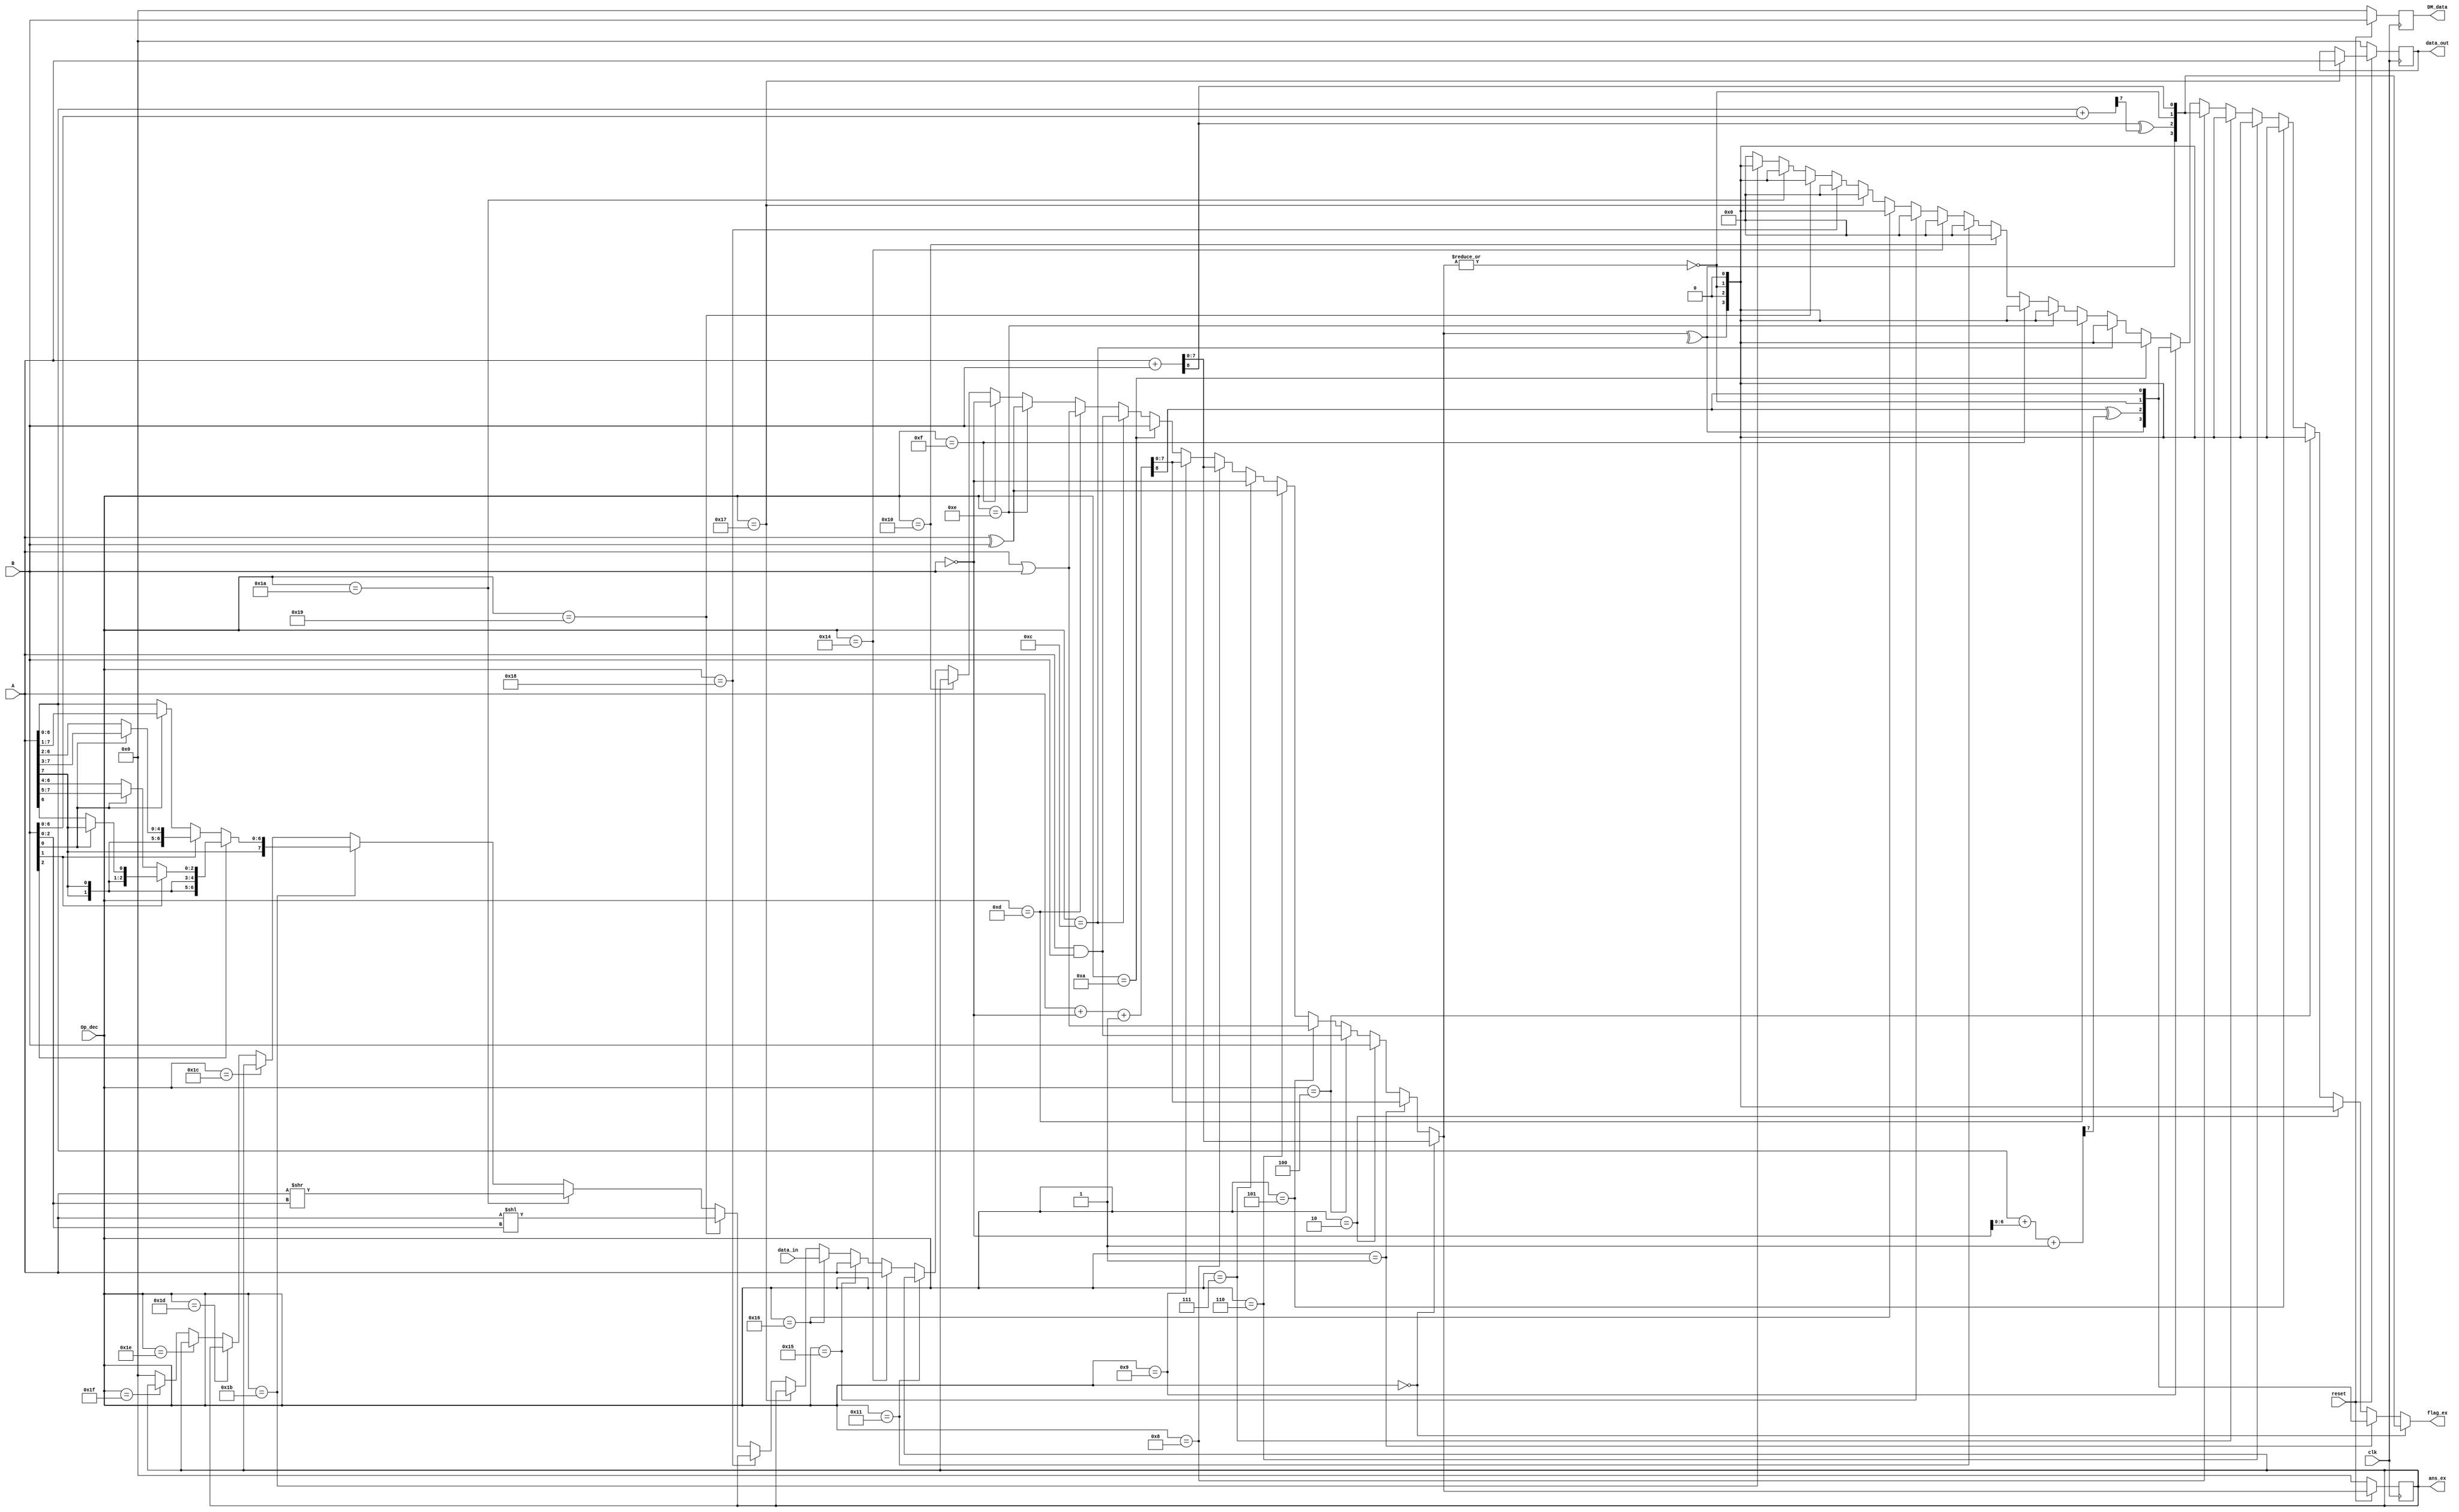
`timescale 1ns / 1ps
//////////////////////////////////////////////////////////////////////////////////
// Company: 
// Engineer: 
// 
// Design Name: 
// Module Name:    Execution_block 
// Project Name: 
// Target Devices: 
// Tool versions: 
// Description: 
//
// Dependencies: 
//
// Revision: 
// Revision 0.01 - File Created
// Additional Comments: 
//
//////////////////////////////////////////////////////////////////////////////////
module Execution_block(ans_ex, data_out, DM_data, flag_ex, A, B, data_in, Op_dec, clk, reset);

input  [7:0] A;
input  [7:0] B;
input  [7:0] data_in;
input  [4:0] Op_dec;
input clk;
input reset;


output reg [7:0] ans_ex;
output reg [7:0] data_out;
output reg [7:0] DM_data;
output [3:0] flag_ex;

wire [8:0] add,sub;
wire [7:0] add_temp, sub_temp, mov, NOT, AND, XOR, OR, SL, SR, SAR;
wire [7:0] ans_ALU, ans_ex_temp;

wire [7:0] data_out_buff, data_out_temp;
wire [7:0] DM_data_temp;
wire zero;
wire parity;

assign NOT = ~B;
assign add = A+B;
assign sub = A+NOT+8'b00000001;
assign add_temp = A[6:0]+B[6:0];
assign sub_temp = A[6:0]+NOT[6:0]+7'b0000001;
assign mov = B;
assign AND = A&B;
assign OR = A|B;
assign XOR = A^B;
assign SL = A << B[2:0];
assign SR = A >> B[2:0];
assign SAR = (B[2] == 1'b0) ? ((B[1] == 1'b0) ? ((B[0] == 1'b0) ? A : {A[7],A[7:1]}) : ((B[0] == 1'b0) ? {A[7],A[7],A[7:2]} : {A[7],A[7],A[7],A[7:3]})) : ((B[1] == 1'b0) ? ((B[0] == 1'b0) ? {A[7],A[7],A[7],A[7],A[7:4]} : {A[7],A[7],A[7],A[7],A[7],A[7:5]}) : ((B[0] == 1'b0) ? {A[7],A[7],A[7],A[7],A[7],A[7],A[7:6]} : {A[7],A[7],A[7],A[7],A[7],A[7],A[7],A[7]}));

assign ans_ALU = (Op_dec == 5'b00000) ? add[7:0] : 
						((Op_dec == 5'b00001) ? sub[7:0] :
						((Op_dec == 5'b00010) ? mov :
						((Op_dec == 5'b00100) ? AND :
						((Op_dec == 5'b00101) ? OR :
						((Op_dec == 5'b00110) ? XOR :
						((Op_dec == 5'b00111) ? NOT :
						((Op_dec == 5'b01000) ? add[7:0] : 
						((Op_dec == 5'b01001) ? sub[7:0] :
						((Op_dec == 5'b01010) ? mov :
						((Op_dec == 5'b01100) ? AND :
						((Op_dec == 5'b01101) ? OR :
						((Op_dec == 5'b01110) ? XOR :
						((Op_dec == 5'b01111) ? NOT :
						((Op_dec == 5'b10000) ? ans_ex :
						((Op_dec == 5'b10001) ? ans_ex :
						((Op_dec == 5'b10100) ? A :
						((Op_dec == 5'b10101) ? A :
						((Op_dec == 5'b10110) ? data_in :
						((Op_dec == 5'b10111) ? ans_ex :
						((Op_dec == 5'b11000) ? ans_ex :
						((Op_dec == 5'b11001) ? SL:
						((Op_dec == 5'b11010) ? SR :
						((Op_dec == 5'b11011) ? SAR :
						((Op_dec == 5'b11100) ? ans_ex :
						((Op_dec == 5'b11101) ? ans_ex:
						((Op_dec == 5'b11110) ? ans_ex :
						((Op_dec == 5'b11111) ? ans_ex : 8'b0
						)))))))))))))))))))))))))));
						
assign zero = ~|ans_ALU;
assign parity = ^ans_ALU;
						
assign flag_ex = (Op_dec == 5'b00000) ? {parity,(add[8]^add_temp[7]),zero,add[8]} : 
						((Op_dec == 5'b00001) ? {parity,(sub[8]^sub_temp[7]),zero,sub[8]} :
						((Op_dec == 5'b00010) ? {parity,1'b0,zero,1'b0} :
						((Op_dec == 5'b00100) ? {parity,1'b0,zero,1'b0} :
						((Op_dec == 5'b00101) ? {parity,1'b0,zero,1'b0} :
						((Op_dec == 5'b00110) ? {parity,1'b0,zero,1'b0} :
						((Op_dec == 5'b00111) ? {parity,1'b0,zero,1'b0} :
						((Op_dec == 5'b01000) ? {parity,(add[8]^add_temp[7]),zero,add[8]} : 
						((Op_dec == 5'b01001) ? {parity,(sub[8]^sub_temp[7]),zero,sub[8]} :
						((Op_dec == 5'b01010) ? {parity,1'b0,zero,1'b0} :
						((Op_dec == 5'b01100) ? {parity,1'b0,zero,1'b0} :
						((Op_dec == 5'b01101) ? {parity,1'b0,zero,1'b0} :
						((Op_dec == 5'b01110) ? {parity,1'b0,zero,1'b0} :
						((Op_dec == 5'b01111) ? {parity,1'b0,zero,1'b0} :
						((Op_dec == 5'b10000) ? 4'b0 :
						((Op_dec == 5'b10001) ? 4'b0 :
						((Op_dec == 5'b10100) ? 4'b0 :
						((Op_dec == 5'b10101) ? 4'b0 :
						((Op_dec == 5'b10110) ? {parity,1'b0,zero,1'b0} :
						((Op_dec == 5'b10111) ? 4'b0 :
						((Op_dec == 5'b11000) ? 4'b0 :
						((Op_dec == 5'b11001) ? {parity,1'b0,zero,1'b0} :
						((Op_dec == 5'b11010) ? {parity,1'b0,zero,1'b0} :
						((Op_dec == 5'b11011) ? {parity,1'b0,zero,1'b0} :
						((Op_dec == 5'b11100) ? 4'b0 :
						((Op_dec == 5'b11101) ? 4'b0 :
						((Op_dec == 5'b11110) ? 4'b0 :
						((Op_dec == 5'b11111) ? 4'b0 : 4'b0
						)))))))))))))))))))))))))));

assign data_out_buff = (Op_dec == 5'b10111) ? A : data_out;

assign data_out_temp = (reset == 1'b0) ? 8'b0 : data_out_buff;
assign ans_ex_temp = (reset == 1'b0) ? 8'b0 : ans_ALU;
assign DM_data_temp = (reset == 1'b0) ? 8'b0 : B;

always@(posedge clk)
begin
		data_out = data_out_temp;
		ans_ex = ans_ex_temp;
		DM_data = DM_data_temp;
end 
 

endmodule